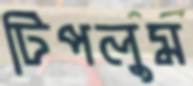
টিপলুম